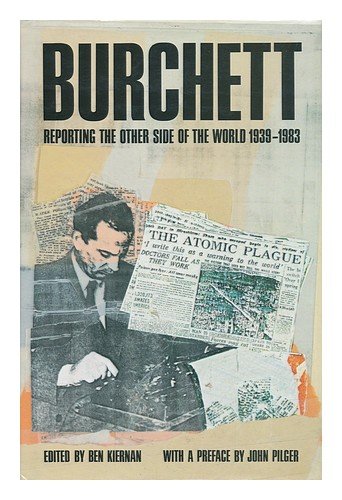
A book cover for Burchett Reporting the Other Side of the World, 1939-1983; Biographies & Memoirs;